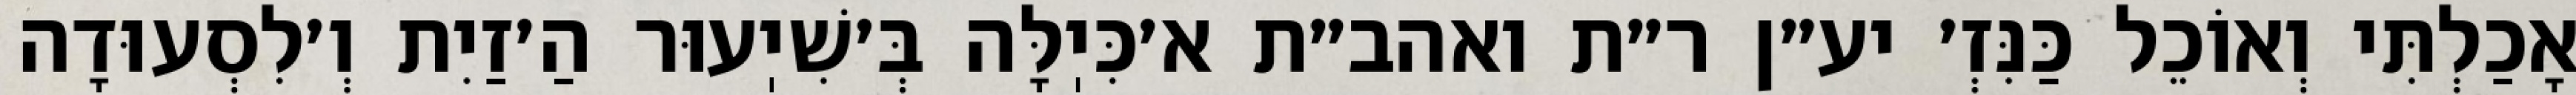
אָכַלְתִּי וְאוֹכֵל כַּנִּזְ׳ יע״ן ר״ת ואהב״ת א׳כִּיֽלָּה בְּ׳שִׁיֽעוּר הַ׳זַיִת וְ׳לִסְעוּדָה